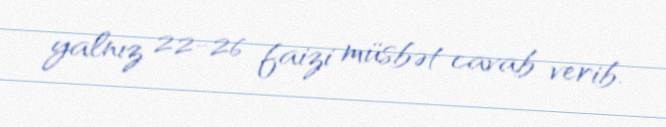
yalnız 22-26 faizi müsbət cavab verib.